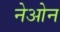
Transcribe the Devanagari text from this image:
नेओन